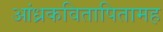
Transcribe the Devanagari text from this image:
आंध्रकवितापितामह